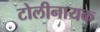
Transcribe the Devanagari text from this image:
टोलीनायक